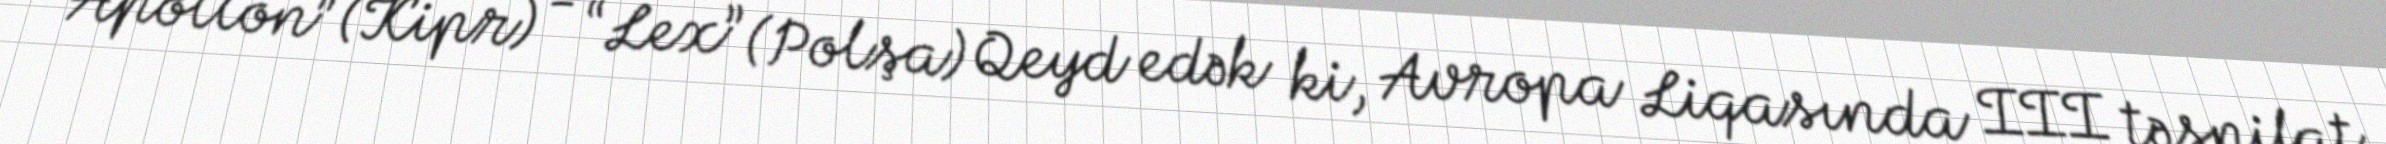
“Apollon” (Kipr) - “Lex” (Polşa) Qeyd edək ki, Avropa Liqasında III təsnifat